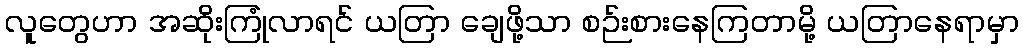
လူတွေဟာ အဆိုးကြုံလာရင် ယတြာ ချေဖို့သာ စဉ်းစားနေကြတာမို့ ယတြာနေရာမှာ